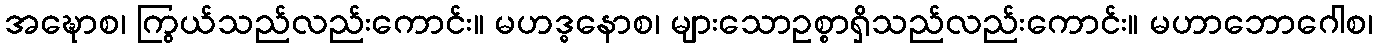
အဍ္ဎောစ၊ ကြွယ်သည်လည်းကောင်း။ မဟဒ္ဓနောစ၊ များသောဥစ္စာရှိသည်လည်းကောင်း။ မဟာဘောဂေါစ၊